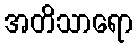
အတိသာရော